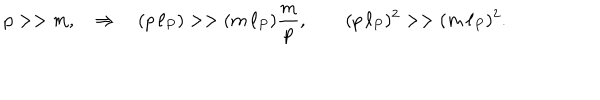
p > > m , \quad \Rightarrow \quad ( p \, \ell _ { P } ) > > ( m \, \ell _ { P } ) \frac { m } { p } , \qquad ( p \, \ell _ { P } ) ^ { 2 } > > ( m \, \ell _ { P } ) ^ { 2 } .